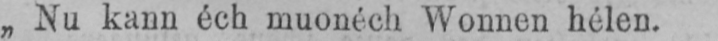
„Nu kann éch muonéeh Wonnen hélen.